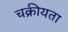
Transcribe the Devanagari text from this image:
चक्रीयता